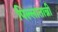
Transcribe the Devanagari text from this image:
पिल्लातान्नी